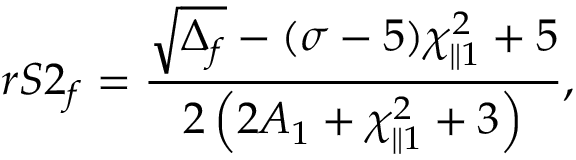
r S 2 _ { f } = \frac { \sqrt { \Delta _ { f } } - ( \sigma - 5 ) \chi _ { \parallel 1 } ^ { 2 } + 5 } { 2 \left( 2 A _ { 1 } + \chi _ { \parallel 1 } ^ { 2 } + 3 \right) } ,